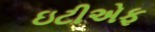
ઇટીએફ